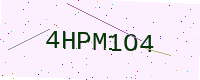
Text: 4HPM1O4